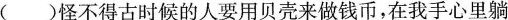
( )怪不得古时候的人要用贝壳来做钱币，在我手心里躺